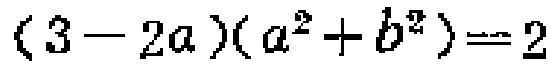
\((3 - 2a)(a^{2}+b^{2}) = 2\)